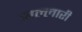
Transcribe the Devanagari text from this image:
नल्लारी